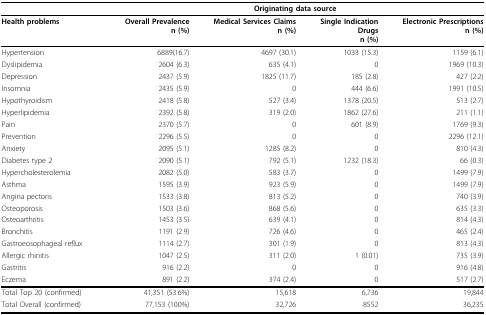
<table><thead><tr><td></td><td colspan="4"><b>Originating data source</b></td></tr></thead><tbody><tr><td><b>Health problems</b></td><td><b>Overall Prevalence</b><b>n (%)</b></td><td><b>Medical Services Claims</b><b>n (%)</b></td><td><b>Single Indication</b><b>Drugs</b><b>n (%)</b></td><td><b>Electronic Prescriptions</b><b>n (%)</b></td></tr><tr><td>Hypertension</td><td>6889(16.7)</td><td>4697 (30.1)</td><td>1033 (15.3)</td><td>1159 (6.1)</td></tr><tr><td>Dyslipidemia</td><td>2604 (6.3)</td><td>635 (4.1)</td><td>0</td><td>1969 (10.3)</td></tr><tr><td>Depression</td><td>2437 (5.9)</td><td>1825 (11.7)</td><td>185 (2.8)</td><td>427 (2.2)</td></tr><tr><td>Insomnia</td><td>2435 (5.9)</td><td>0</td><td>444 (6.6)</td><td>1991 (10.5)</td></tr><tr><td>Hypothyroidism</td><td>2418 (5.8)</td><td>527 (3.4)</td><td>1378 (20.5)</td><td>513 (2.7)</td></tr><tr><td>Hyperlipidemia</td><td>2392 (5.8)</td><td>319 (2.0)</td><td>1862 (27.6)</td><td>211 (1.1)</td></tr><tr><td>Pain</td><td>2370 (5.7)</td><td>0</td><td>601 (8.9)</td><td>1769 (9.3)</td></tr><tr><td>Prevention</td><td>2296 (5.5)</td><td>0</td><td>0</td><td>2296 (12.1)</td></tr><tr><td>Anxiety</td><td>2095 (5.1)</td><td>1285 (8.2)</td><td>0</td><td>810 (4.3)</td></tr><tr><td>Diabetes type 2</td><td>2090 (5.1)</td><td>792 (5.1)</td><td>1232 (18.3)</td><td>66 (0.3)</td></tr><tr><td>Hypercholesterolemia</td><td>2082 (5.0)</td><td>583 (3.7)</td><td>0</td><td>1499 (7.9)</td></tr><tr><td>Asthma</td><td>1595 (3.9)</td><td>923 (5.9)</td><td>0</td><td>1499 (7.9)</td></tr><tr><td>Angina pectoris</td><td>1533 (3.8)</td><td>813 (5.2)</td><td>0</td><td>740 (3.9)</td></tr><tr><td>Osteoporosis</td><td>1503 (3.6)</td><td>868 (5.6)</td><td>0</td><td>635 (3.3)</td></tr><tr><td>Osteoarthritis</td><td>1453 (3.5)</td><td>639 (4.1)</td><td>0</td><td>814 (4.3)</td></tr><tr><td>Bronchitis</td><td>1191 (2.9)</td><td>726 (4.6)</td><td>0</td><td>465 (2.4)</td></tr><tr><td>Gastroeosophageal reflux</td><td>1114 (2.7)</td><td>301 (1.9)</td><td>0</td><td>813 (4.3)</td></tr><tr><td>Allergic rhinitis</td><td>1047 (2.5)</td><td>311 (2.0)</td><td>1 (0.01)</td><td>735 (3.9)</td></tr><tr><td>Gastritis</td><td>916 (2.2)</td><td>0</td><td>0</td><td>916 (4.8)</td></tr><tr><td>Eczema</td><td>891 (2.2)</td><td>374 (2.4)</td><td>0</td><td>517 (2.7)</td></tr><tr><td>Total Top 20 (confirmed)</td><td>41,351 (53.6%)</td><td>15,618</td><td>6,736</td><td>19,844</td></tr><tr><td>Total Overall (confirmed)</td><td>77,153(100%)</td><td>32,726</td><td>8552</td><td>36,235</td></tr></tbody></table>